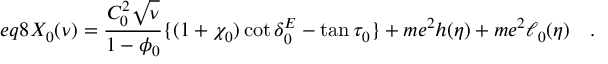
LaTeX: e q 8 X _ { 0 } ( \nu ) = \frac { C _ { 0 } ^ { 2 } \sqrt { \nu } } { 1 - \phi _ { 0 } } \{ ( 1 + \chi _ { 0 } ) \cot \delta _ { 0 } ^ { E } - \tan \tau _ { 0 } \} + m e ^ { 2 } h ( \eta ) + m e ^ { 2 } \ell _ { 0 } ( \eta ) \quad .